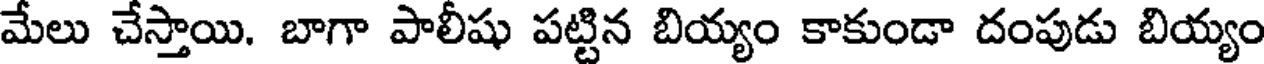
మేలు చేస్తాయి. బాగా పాలీషు పట్టిన బియ్యం కాకుండా దంపుడు బియ్యం